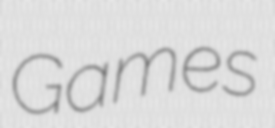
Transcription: Games